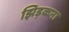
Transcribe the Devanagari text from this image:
झिड़कना